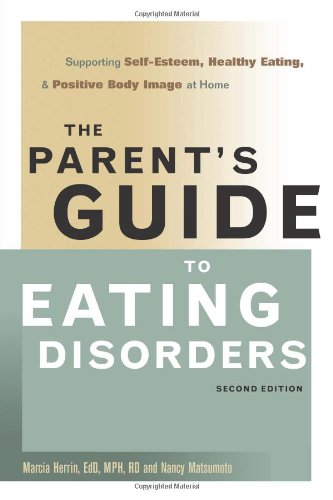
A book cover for The Parent's Guide to Eating Disorders: Supporting Self-Esteem, Healthy Eating, and Positive Body Image at Home; Marcia Herrin Ed.D.  M.P.H.  R.D.; Health, Fitness & Dieting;